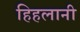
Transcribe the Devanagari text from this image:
हिहलानी